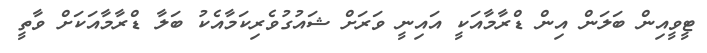
ޓީވީއިން ބަލަން އިން ޑްރާމާއަކީ އައިނީ ވަރަށް ޝައުގުވެރިކަމާއެކު ބަލާ ޑްރާމާއަކަށް ވާތީ